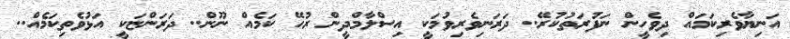
އަނިޔާވެރިކަމައް ދިވެހީން ނަފުރަތުކުރޭ.. ދަރަނިވެރިވުމަކީ އިސްލާމްދީން ރުހޭ ކަމެއް ނޫން.. ދަރަންޏަކީ އަޅުވެތިކަމެއް..